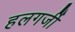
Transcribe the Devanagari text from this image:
हलगर्जी